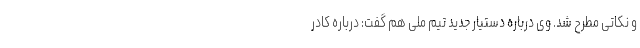
و نکاتی مطرح شد. وی درباره دستیار جدید تیم ملی هم گفت: درباره کادر